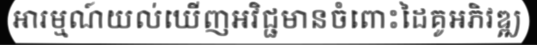
អារម្មណ៍យល់ឃើញអវិជ្ជមានចំពោះដៃគូអភិវឌ្ឍ